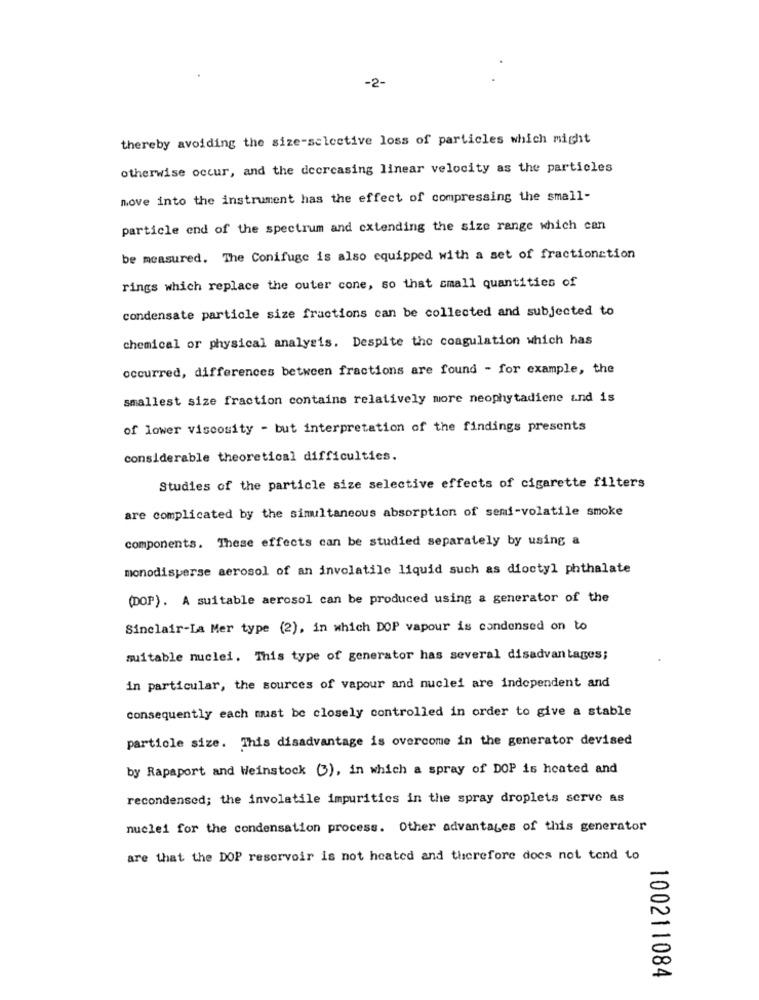
-2-
thereby avoiding the size-selective loss of particles which might
otherwise occur, and the decreasing linear velocity as the particles
move into the instrument has the effect of compressing the small-
particle end of the spectrum and extending the size range which can
be measured. The Conifuge is also equipped with a set of fractionction
rings which replace the outer cone, so that small quantities of
condensate particle size fractions can be collected and subjected to
chemical or physical analysis. Despite the coagulation which has
occurred, differences between fractions are found - for example, the
smallest size fraction contains relatively more neophytadiene and is
of lower viscosity - but interpretation of the findings presents
considerable theoretical difficulties.
Studies of the particle size selective effects of cigarette filters
are complicated by the simultaneous absorption of semi-volatile smoke
components. These effects can be studied separately by using a
monodisperse aerosol of an involatile liquid such as dioctyl phthalate
(DOP). A suitable aerosol can be produced using a generator of the
Sinclair-La Mer type (2), in which DOP vapour is condensed on to
suitable nuclei. This type of generator has several disadvantages;
in particular, the sources of vapour and nuclei are independent and
consequently each must be closely controlled in order to give a stable
particle size. This disadvantage is overcome in the generator devised
by Rapaport and Weinstock (3), in which a spray of DOP is heated and
recondensed; the involatile impurities in the spray droplets serve as
nuclei for the condensation process. Other advantages of this generator
are that the DOP reservoir is not heated and therefore does not tend to
100211084